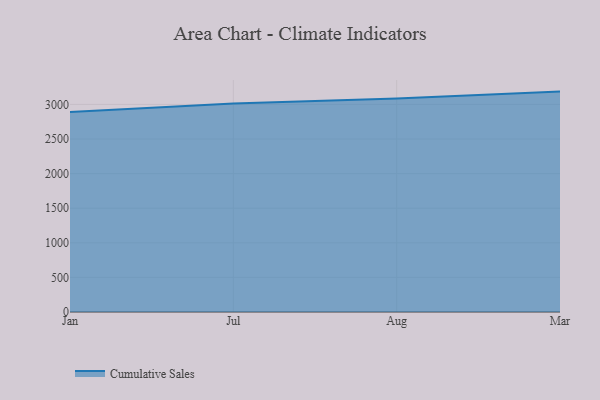
{"axis": {"x": "Month", "y": "Energy Usage (MWh)"}, "legend": ["Cumulative Sales"], "data": [{"x": "Jan", "y": 2890.2, "type": "Cumulative Sales"}, {"x": "Jul", "y": 3014.0, "type": "Cumulative Sales"}, {"x": "Aug", "y": 3086.2, "type": "Cumulative Sales"}, {"x": "Mar", "y": 3185.4, "type": "Cumulative Sales"}]}